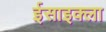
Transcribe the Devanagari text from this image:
ईसाइक्ला